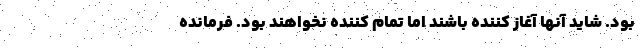
بود. شاید آنها آغاز کننده باشند اما تمام کننده نخواهند بود. فرمانده